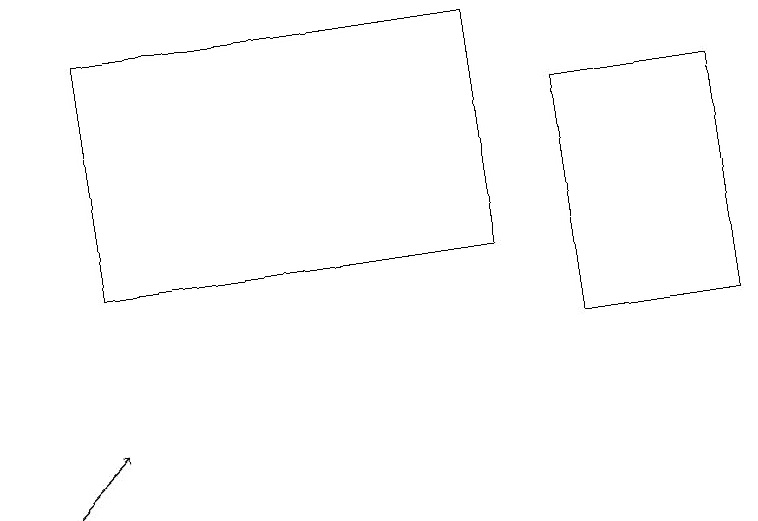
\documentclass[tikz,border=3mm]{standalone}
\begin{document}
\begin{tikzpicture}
\draw[->] (0,10) -- (1,11);
\draw (7,12) rectangle (9,15);
\draw (6,16) rectangle (1,13);
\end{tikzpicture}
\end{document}